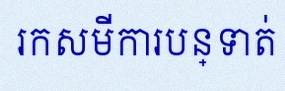
រកសមីការបន្ទាត់